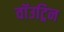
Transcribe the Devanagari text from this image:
वॉउट्रिन